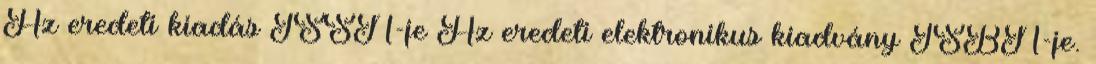
Az eredeti kiadás ISSN-je Az eredeti elektronikus kiadvány ISBN-je.